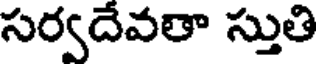
సర్వదేవతా స్తుతి